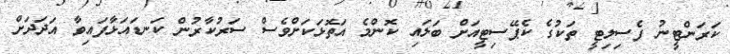
ކަރަންޓީނު ފެސިލިޓީ ތަކުގެ ކެޕޭސިޓީއަށް ބަލައި ކޮންމެ އަތޮޅަކަށްވެސް ސަރުކާރުން ކަނޑައަޅާފައިވާ އަދަދަށް